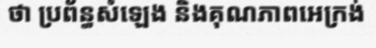
ថា ប្រព័ន្ធសំឡេង និងគុណភាពអេក្រង់